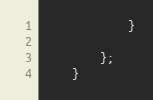
Language: Java
            }

        };
    }